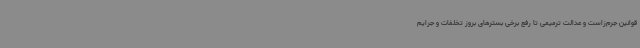
قوانین جرم‌زاست و عدالت ترمیمی تا رفع برخی بسترهای بروز تخلفات و جرایم